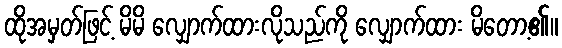
ထိုအမှတ်ဖြင့် မိမိ လျှောက်ထားလိုသည်ကို လျှောက်ထား မိတော့၏။